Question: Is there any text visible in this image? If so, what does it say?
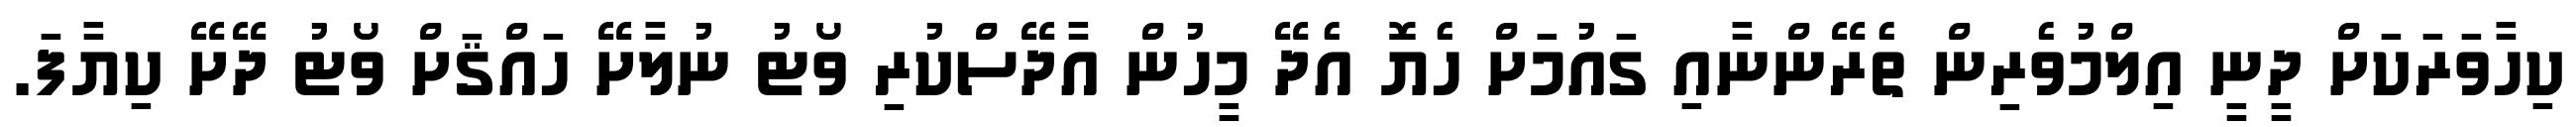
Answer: ކިހާވަރަކަށް ދީނީ އިލްމުވެރިން ތެރޭންނާއި ގައުމަށް ހެޔޮ އެދޭ މީހުން އާދޭސްކުރި ވޯޓު ނުލާށޭ ހައްޤަށް ވޯޓު ދޭށޭ ކިޔާފަ.